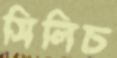
সিলিচ